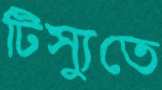
টিস্যুতে